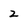
Character: 2